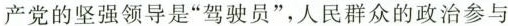
产党的坚强领导是”驾驶员”，人民群众的政治参与